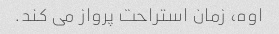
اوه، زمان استراحت پرواز می کند.